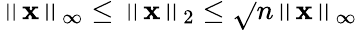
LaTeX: \left\| \mathbf{x}\right\| _{\infty}\leq\left\| \mathbf{x}\right\| _{2}\leq{\sqrt{}{{n}}}\left\| \mathbf{x}\right\| _{\infty}